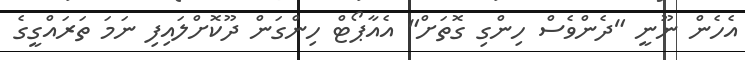
އެހެން ނޫނީ "ދެންވެސް ހިންގި ގޮތަށް" އެއާޕޯޓް ހިންގަން ދޫކޮށްލައިފި ނަމަ ތަރައްގީގެ